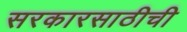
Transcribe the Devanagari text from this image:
सरकारसाठीची